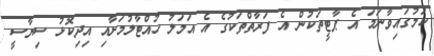
ކަމުގައިވާނަމަ އެ ޕާޓީތަކުން އެ ފަރާތްތަކުގެ އެ އަމަލު ހުއްޓާލުމަށާއި އިދިކޮޅު ސިޔާސީ